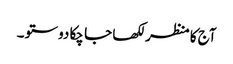
آج کا منظر لکھا جا چکا دوستو ۔